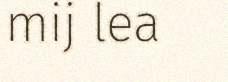
mij lea